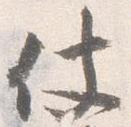
仗